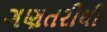
ગણતરીથી